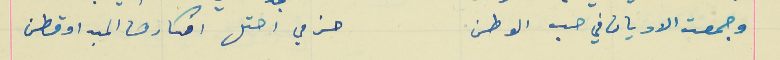
وجمعة الاديان في حب الوطن                                حزمي احتل افكارها المبدا وقطن